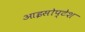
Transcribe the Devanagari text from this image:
आइसोप्टेश